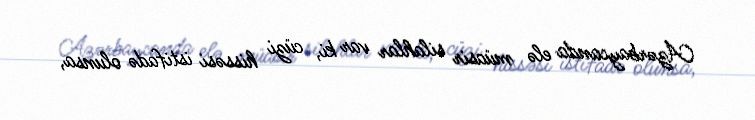
Azərbaycanda elə müasir silahlar var ki, cüzi hissəsi istifadə olunsa,